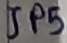
Text: JP5